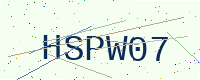
Text: HSPW07